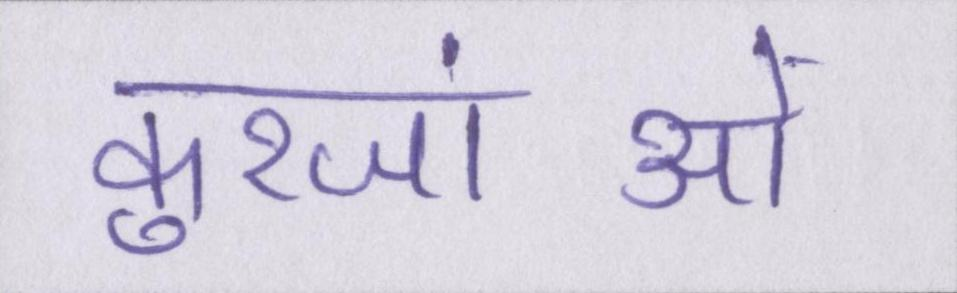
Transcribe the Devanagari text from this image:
कुरजांओं